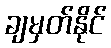
ချမှတ်နိုင်